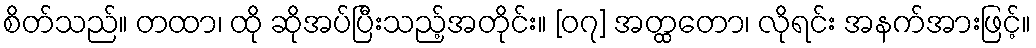
စိတ်သည်။ တထာ၊ ထို ဆိုအပ်ပြီးသည့်အတိုင်း။ [၀၇] အတ္ထတော၊ လိုရင်း အနက်အားဖြင့်။